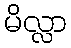
မိလ္လာ